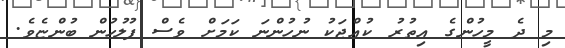
މި ދެ މީހުންގެ އިތުރު ކުއްޖަކު ނުހުންނަ ކަމަށް ވެސް ފުލުހުން ބުންޏެވެ.